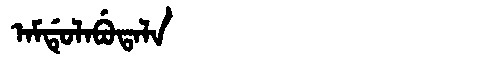
Manchu: ᠠᠮᡩᡠᠯᠠᠪᡠᡨᠠᠯᠠ
Romanization: AMDULABUTALA